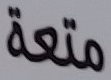
متعة